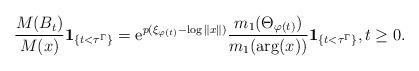
LaTeX: \begin{align*}\frac{M(B_t) }{M(x)}\mathbf{1}_{\{t<\tau^\Gamma\}}= {\rm e}^{p(\xi_{\varphi(t)} -\log\|x\|)} \frac{m_1(\Theta_{\varphi(t)})}{m_1(\arg(x))}\mathbf{1}_{\{t<\tau^\Gamma\}}, t\geq 0.\end{align*}